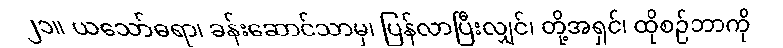
၂၁။ ယသော်ဓရာ၊ ခန်းဆောင်သာမှ၊ ပြန်လာပြီးလျှင်၊ တို့အရှင်၊ ထိုစဉ်ဘာကို